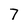
Character: 7